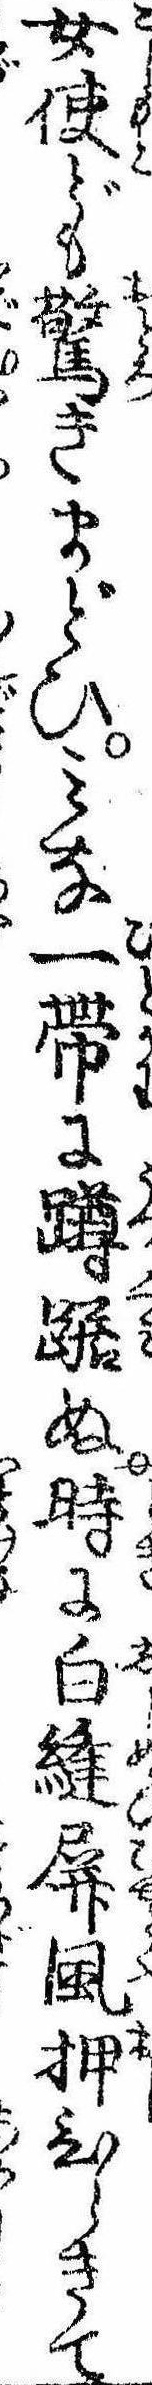
女使ども驚きまどひみな一帯に蹲踞ぬ時に白縫屏風押ひらきて